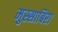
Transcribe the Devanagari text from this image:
मुस्साबिरा